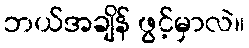
ဘယ်အချိန် ဖွင့်မှာလဲ။